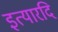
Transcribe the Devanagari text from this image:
इत्यारदि